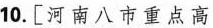
10. [ 河南八市重点高